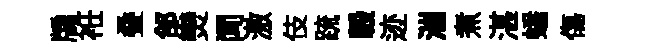
牖袵叠郃𤓖闻激伎䟽轂迹湍煮湛蟠傷